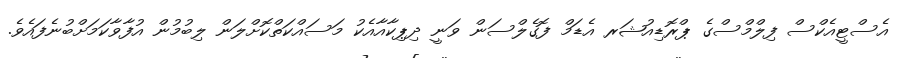
އެސްޓީއެކްސް ފިލްމްސްގެ ޕްރޮޑިއުޝަރ އެޑަމް ފޮގެލްސަން ވަނީ ދިޕިކާއާއެކު މަސައްކަތްކޮށްލަން ލިބުމުން އުފާވާކަމަށްބުނެފައެވެ.